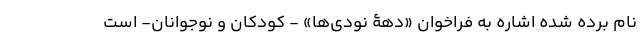
نام برده شده اشاره به فراخوان «دهۀ نودی‌ها» - کودکان و نوجوانان- است